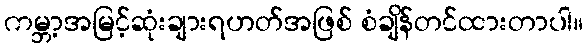
ကမ္ဘာ့အမြင့်ဆုံးချားရဟတ်အဖြစ် စံချိန်တင်ထားတာပါ။